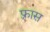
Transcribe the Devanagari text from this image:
फ़्रास